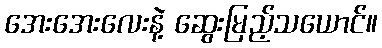
အေးအေးလေးနဲ့ ဆွေးမြည့်သယောင်။